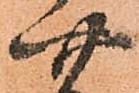
四